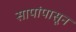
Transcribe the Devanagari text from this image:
सापांपासून